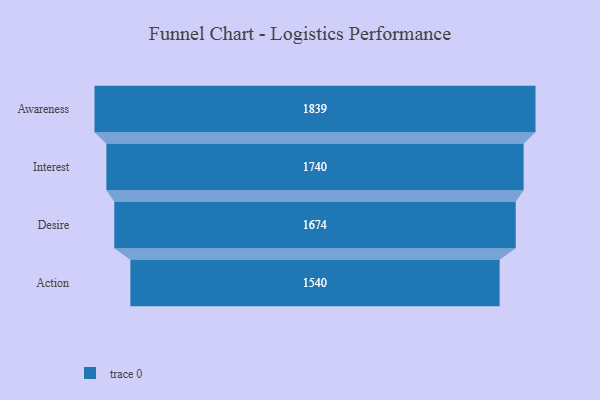
{"axis": {"x": "Stage", "y": "Value"}, "legend": [""], "data": [{"x": "Awareness", "y": 1839.0, "type": ""}, {"x": "Interest", "y": 1740.0, "type": ""}, {"x": "Desire", "y": 1674.0, "type": ""}, {"x": "Action", "y": 1540.0, "type": ""}]}